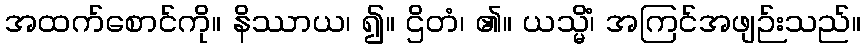
အထက်စောင်ကို။ နိဿာယ၊ ၍။ ဌိတံ၊ ၏။ ယသ္မိံ၊ အကြင်အဖျဉ်းသည်။